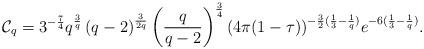
LaTeX: \begin{align*}\mathcal{C}_{q}=3^{-\frac{7}{4}}q^{\frac{3}{q}}\left(q-2\right)^{\frac{3}{2q}}\left(\frac{q}{q-2}\right)^{\frac{3}{4}}(4\pi(1-\tau))^{-\frac{3}{2}(\frac{1}{3}-\frac{1}{q})}e^{-6(\frac{1}{3}-\frac{1}{q})}.\end{align*}